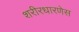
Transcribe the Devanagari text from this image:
शरीरधारणेस